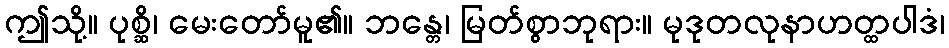
ဤသို့။ ပုစ္ဆိ၊ မေးတော်မူ၏။ ဘန္တေ၊ မြတ်စွာဘုရား။ မုဒုတလုနာဟတ္ထပါဒံ၊